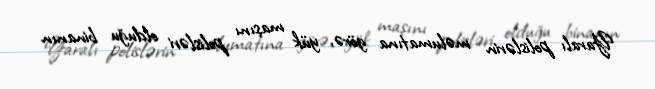
Yaralı polislərin məlumatına görə, yük maşını polisləri olduğu binanın